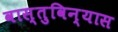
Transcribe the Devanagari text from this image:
वास्तुविन्यास